Annual administration report of the Civil Veterinary Department of India - 1894-1895
Year: 1894
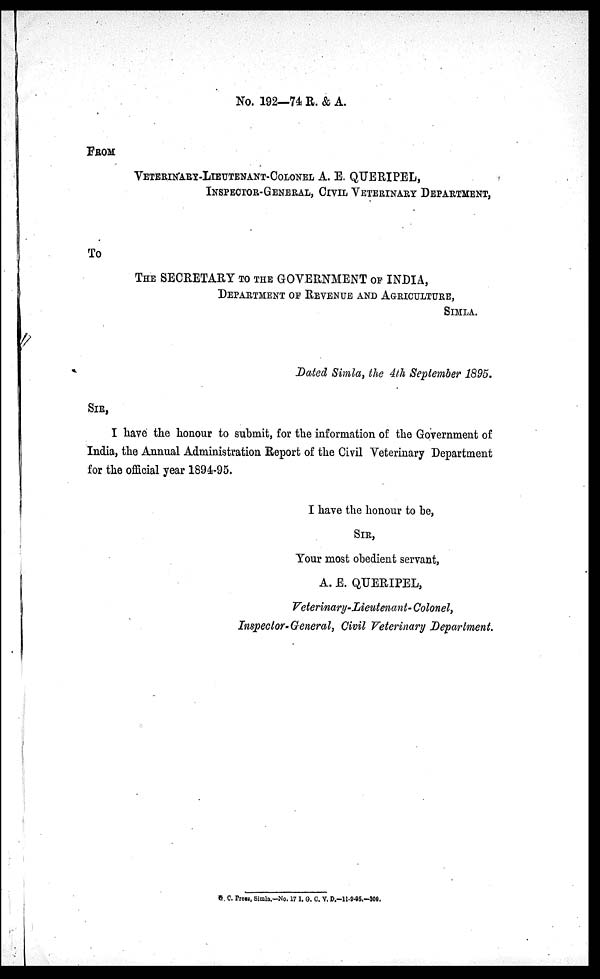
No. 192—74 R. & A.
FROM
VETERINARY-LIEUTENANT-COLONEL A. E. QUTERIPEL,
INSPECTOR-GENERAL, CIVIL VETERINARY DEPARTMENT,
To
THE SECRETARY TO THE GOVERNMENT OF INDIA,
DEPARTMENT OF REVENUE AND AGRICULTURE,
SIMLA.
Dated Simla, the 4th September 1895.
SIR,
I have the honour to submit, for the information of the Government of
India, the Annual Administration Report of the Civil Veterinary Department
for the official year 1894-95.
I have the honour to be,
SIR,
Your most obedient servant,
A. E. QUERIPEL,
Veterinary-Lieutenant-Colonel,
Inspector-General, Civil Veterinary Department.
G. C. Preas, Simla.—No. 17 I. G. C. V. D.—11-9-55—300.